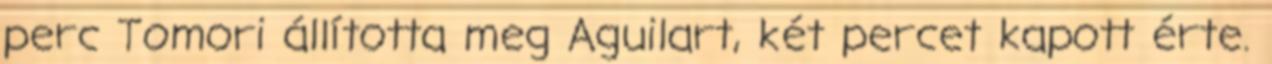
perc Tomori állította meg Aguilart, két percet kapott érte.